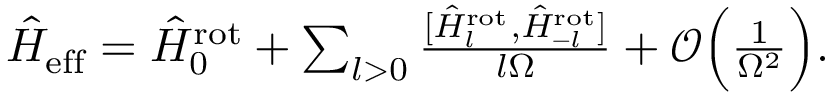
\begin{array} { r } { \hat { H } _ { \mathrm { e f f } } = \hat { H } _ { 0 } ^ { \mathrm { r o t } } + \sum _ { l > 0 } \frac { [ \hat { H } _ { l } ^ { \mathrm { r o t } } , \hat { H } _ { - l } ^ { \mathrm { r o t } } ] } { l \Omega } + \mathcal { O } \Bigl ( \frac { 1 } { \Omega ^ { 2 } } \Bigl ) . } \end{array}